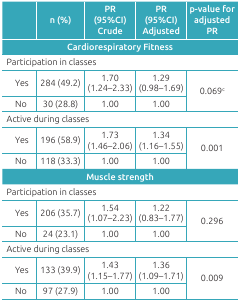
<table><thead><tr><td></td><td><b>n (%)</b></td><td><b>PR (95%CI) Crude</b></td><td><b>PR (95%CI) Adjusted</b></td><td><b>p-value for adjusted PR</b></td></tr><tr><td colspan="5"><b>Cardiorespiratory Fitness </b></td></tr></thead><tbody><tr><td colspan="5">Participation in classes </td></tr><tr><td>Yes</td><td>284 (49.2)</td><td>1.70 (1.24-2.33)</td><td>1.29 (0.98-1.69)</td><td rowspan="2">0.069<sup>c</sup></td></tr><tr><td>No</td><td>30 (28.8)</td><td>1.00</td><td>1.00</td></tr><tr><td colspan="5">Active during classes </td></tr><tr><td>Yes</td><td>196 (58.9)</td><td>1.73 (1.46-2.06)</td><td>1.34 (1.16-1.55)</td><td rowspan="2">0.001</td></tr><tr><td>No</td><td>118 (33.3)</td><td>1.00</td><td>1.00</td></tr><tr><td colspan="5">Muscle strength </td></tr><tr><td colspan="5">Participation in classes </td></tr><tr><td>Yes</td><td>206 (35.7)</td><td>1.54 (1.07-2.23)</td><td>1.22 (0.83-1.77)</td><td rowspan="2">0.296</td></tr><tr><td>No</td><td>24 (23.1)</td><td>1.00</td><td>1.00</td></tr><tr><td colspan="5">Active during classes </td></tr><tr><td>Yes</td><td>133 (39.9)</td><td>1.43 (1.15-1.77)</td><td>1.36 (1.09-1.71)</td><td rowspan="2">0.009</td></tr><tr><td>No</td><td>97 (27.9)</td><td>1.00</td><td>1.00</td></tr></tbody></table>